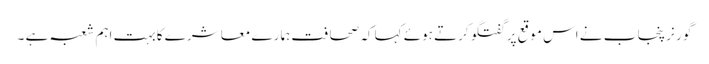
گو ر نر پنجا ب نے اس موقع پر گفتگو کرتے ہوئے کہا کہ صحا فت ہما رے معا شر ے کابہت اہم شعبہ ہے ۔